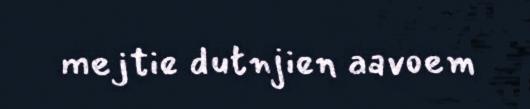
mejtie dutnjien aavoem